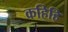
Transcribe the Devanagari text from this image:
कहिहि